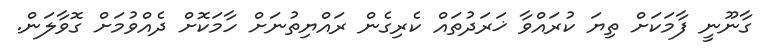
ގާނޫނީ ފާމަކަށް ތިޔަ ކުރައްވާ ޚަރަދުތައް ކެރިގެން ރައްޔިތުނަށް ހާމަކޮށް ދެެއްވުމަށް ގޮވާލަން.